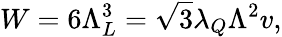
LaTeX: W=6\Lambda_{L}^{3}=\sqrt{3}\lambda_{Q}\Lambda^{2}v,